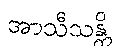
အာသီသန္တိ